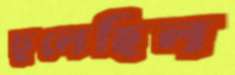
ঢুলেছিল